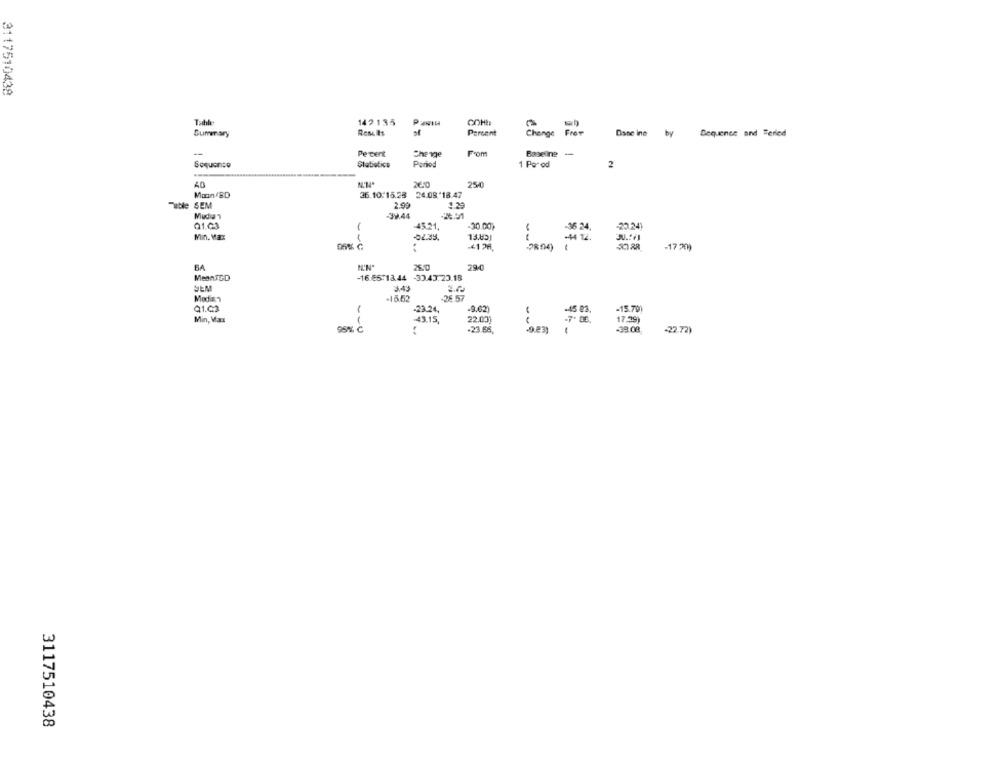
3117510438
142135
Summary
Results
sf
Percent
Change
From
Dane ine
by
Sequence and Terled
--
Pe tent
From
Baseline
-
Che ne
Soquanto
Statistics
Poriod
1 Porod
2
40
250
Mon BD
26.10/15.28
24.08.18.47
Tutle SEM
2.99
39.44
01.03
45.21.
-30.00)
-36 24,
Min. Mac
-02.35.
-44 T2.
-17 20)
29-0
MeanJED
-16.85:13.44 -33.43:23.18
SEM
3.43
Median
-26 57
Q1.03
-23.24,
-9.62)
-45 03
-15.79)
Min, Max
43.15 ,
22.03]
17.39)
95% C
-23.66
.9.83)
-39.08
-
-22.72)
3117510438